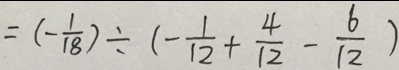
= ( - \frac { 1 } { 1 8 } ) \div ( - \frac { 1 } { 1 2 } + \frac { 4 } { 1 2 } - \frac { 6 } { 1 2 } )